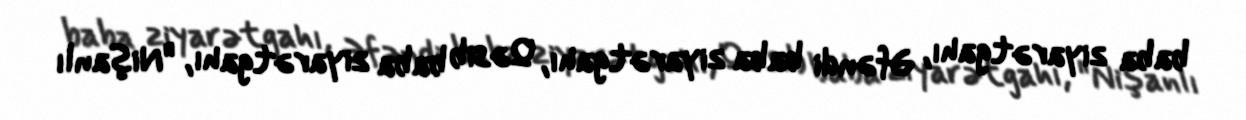
baba ziyarətgahı, Əfəndi baba ziyarətgahı, Qəsib baba ziyarətgahı, "Nişanlı